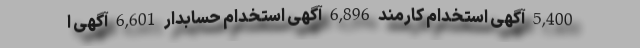
5,400 آگهی استخدام کارمند 6,896 آگهی استخدام حسابدار 6,601 آگهی ا